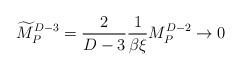
LaTeX: \begin{align*}{\widetilde M}_P^{D-3}={2\over{D-3}}{1\over\beta\xi} M_P^{D-2}\rightarrow 0\end{align*}